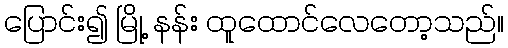
ပြောင်း၍ မြို့ နန်း ထူထောင်လေတော့သည်။